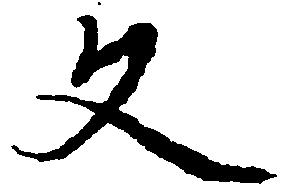
文